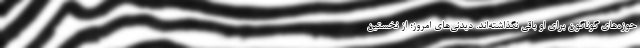
حوزه‌های گوناگون برای او باقی نگذاشته‌اند. دیدنی‌های امروز؛ از نخستین